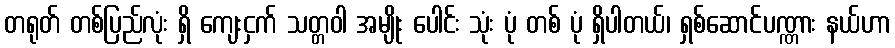
တရုတ် တစ်ပြည်လုံး ရှိ ကျေးငှက် သတ္တဝါ အမျိုး ပေါင်း သုံး ပုံ တစ် ပုံ ရှိပါတယ်၊ ရှစ်ဆောင်ပဏ္ဏား နယ်ဟာ